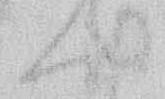
ハ